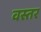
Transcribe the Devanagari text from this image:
वस्तर